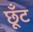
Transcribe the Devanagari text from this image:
छूँट